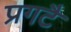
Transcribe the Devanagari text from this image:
प्रगटै